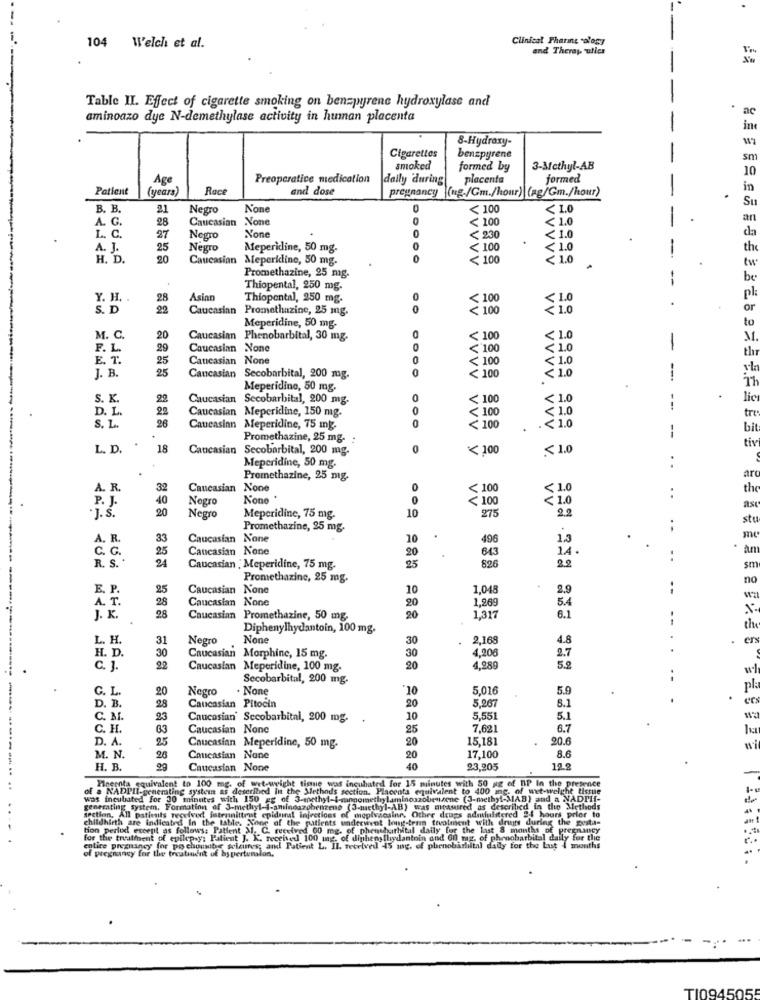
Clinical Fharine "ology
104 W'elch et al.
and Theray ulles
Table II. Effect of cigarette smoking on benzpyrene hydroxylase and
.
ac
aminoazo dye N-demethylase activity in human placenta
in
8-Hydroxy-
Cigarettes
benzpyrene
sn
smoked
formed by
3-Methyl-AB
10
Age
Preoperative medication
daily during
placenta
formed
Patient
(years)
Race
and dose
pregnancy (ng./Gm./hour) (ag/Gm./hour)
in
Su
B. B.
Negro
< 100
< 1.0
A. G.
Caucasian Xone
< 100
< 1.0
an
28
< 1.0
da
I. C.
27
Negro
< 230
A. J.
25
Negro
Meperidine, 50 mg.
< 100
< 1.0
-
the
H. D.
20
Caucasian Meperidine, 50 mg-
< 100
< 1.0
tw
Promethazine, 25 mg.
--
be
Thiopental, 250 mg.
pl
Y. H. .
28
Asian
Thiopontal, 250 mg.
0
<100
≤1.0
S. D
22
Caucasian Promethazine, 25 mg.
0
100
or
to
Meperidine, 50 mg-
0
M. C.
20
Caucasian Phenobarbital, 30 mg.
< 100
< 1.0
-
M
F. L.
29
Caucasian None
0
<100
<1.0
E. T.
Caucasian None
< 100
< 1.0
25
25
0
< 100
< 10
J. B.
Caucasian Secobarbital, 200 mg.
VVVV
Meperidine, 50 mg.
S. K.
22
Caucasian Secobarbital, 200 mg.
0
<100
< 1.0
.
lic
D. L.
22
Caucasian Meperidine, 150 mg.
0
< 100
< 1.0
--.
tre
S. L.
26
.< 1.0
Caucasinn Meperidine, 75 mg.
0
<100
--
bit
Promethazine, 25 mg-
tiv
L. D. * 18
Caucasian Secobarbital, 200 mg.
0
<100
≤1.0
.
.
Meperidine, 50 mg.
Promethazine, 25 mg.
ar
A. R.
32
Caucasian None
0
<100
< 1.0
:
the
40
Negro
None '
0
<100
< 1.0
P. J.
20
10
275
22
ast
.J. S.
Negro
Meperidine, 75 mg.
stu
Promethazine, 25 mg.
..
A. R.
33
Caucasian None
10
496
1.3
m
C. G.
25
Caucasian None
20
643
14 .
R. S. +
25
826
22
24
Caucasian : Meperidine, 75 mg.
sm
Promethazine, 25 mg.
no
E. P.
25
Caucasian None
10
1,048
2.9
--
A. T.
Caucasian None
1,269
5.4
28
20
J. K.
28
Caucasian Promethazine, 50 mg.
20
1.317
6.1
--
Diphenylhydantoin, 100 mg.
L. H.
31
Negro
30
2,168
4.8
.
en
4.208
H. D.
30
Caucasian Morphine, 15 mg.
30
2.7
C. J.
22
Caucasian Meperidine, 100 mg.
20
1.989
5.2
w
Secobarbital, 200 mg.
G. L.
Negro
. None
'10
5,016
5.9
pla
20
5.267
8.1
ers
D. B.
28
Caucasian Pitocin
20
C. M.
23
Caucasian' Secobarbital, 200 mg.
10
5.551
5.1
C. H.
63
Caucasian None
25
7,621
6.7
D. A.
25
15,181
20.6
Caucasian Meperidine, 50 mg-
20
8.6
M. N.
26
Caucasian None
20
17,100
H. B.
99
Caucasian None
40
23,205
-
Placenta equivalent to 100 mg. of wet-weight tique was incubated for 15 minutes with 50 ag of UP In the pretence
ds section. Placenta equivalent to 400
was incubated for 30 minutes with 150 gg of 3-methyl-4-mangomethylaminoszobenzene (3-methyl-MAB) and a NADPHf-
and a NADPIT-
issue
generating system, Formation of 3-methyl-d-aminoazobenzeno (3-methyl-AB) was measured as described in the Methods
) was measured as described in the Methods
injections of mep
tion perlod except as follows: Patient >1. C. received 00 mg. of phenobarbital daily for the last 8 months of pregnancy
for the treatment of epilepsy's Patient J. K. received 100 mg. of diphenylhydantoin and 60 mg. of phenobarbital daily for the
entire pregnancy for po chumdbe seizures; and Patient L. IL tecelved 45 wg, of phenobarbital dally for the Lust { months
of pregnancy for the treatment of hypertension.
TI0945055